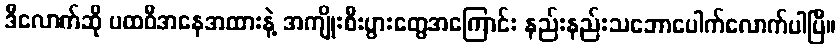
ဒီလောက်ဆို ပထဝီအနေအထားနဲ့ အကျိုးစီးပွားတွေအကြောင်း နည်းနည်းသဘောပေါက်လောက်ပါပြီ။